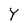
Character: Y